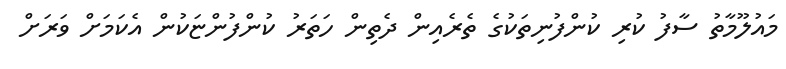
މައުލޫމާތު ސާފު ކުރި ކުންފުނިތަކުގެ ތެރެއިން ދެތިން ހަތަރު ކުންފުންޏަކުން އެކަމަށް ވަރަށް